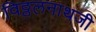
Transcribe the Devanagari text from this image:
विठ्ठलनाथजी